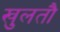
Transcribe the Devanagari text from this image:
खुलतौ